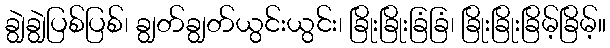
ချွဲချွဲပြစ်ပြစ်၊ ချွတ်ချွတ်ယွင်းယွင်း၊ ခြိုးခြိုးခြံခြံ၊ ခြိုးခြိုးခြိမ့်ခြိမ့်။